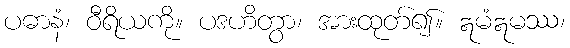
ပဓာနံ၊ ဝီရိယကို။ ပဒဟိတွာ၊ အားထုတ်၍။ ဣမံဣမဿ၊